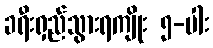
ခရီးရှည်သွားရကျိုး ၅-ပါး